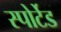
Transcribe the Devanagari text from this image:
स्पोर्टेड